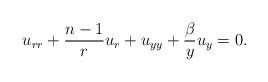
LaTeX: \begin{align*}u_{rr}+\frac{n-1}{r}u_r+u_{yy}+\frac{\beta}{y}u_y=0.\end{align*}